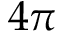
4 \pi